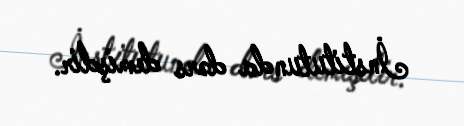
İnstitutunda dərs demişdir.